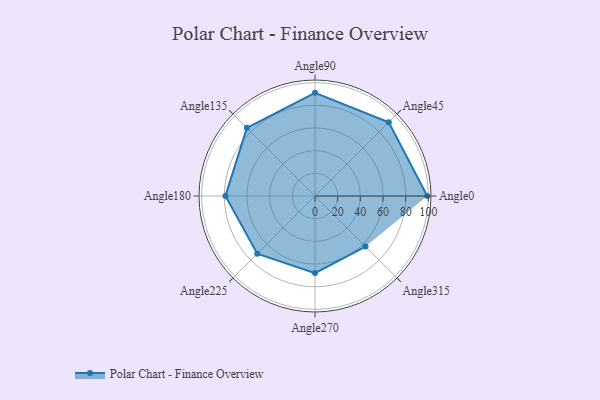
{"axis": {"x": "Angle", "y": "Radius"}, "legend": [""], "data": [{"x": "Angle0", "y": 99.0, "type": ""}, {"x": "Angle45", "y": 92.0, "type": ""}, {"x": "Angle90", "y": 91.0, "type": ""}, {"x": "Angle135", "y": 85.0, "type": ""}, {"x": "Angle180", "y": 79.0, "type": ""}, {"x": "Angle225", "y": 72.0, "type": ""}, {"x": "Angle270", "y": 68.0, "type": ""}, {"x": "Angle315", "y": 63.0, "type": ""}]}